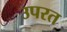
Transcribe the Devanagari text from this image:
उपरत